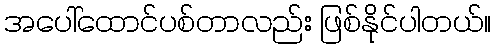
အပေါ်ထောင်ပစ်တာလည်း ဖြစ်နိုင်ပါတယ်။